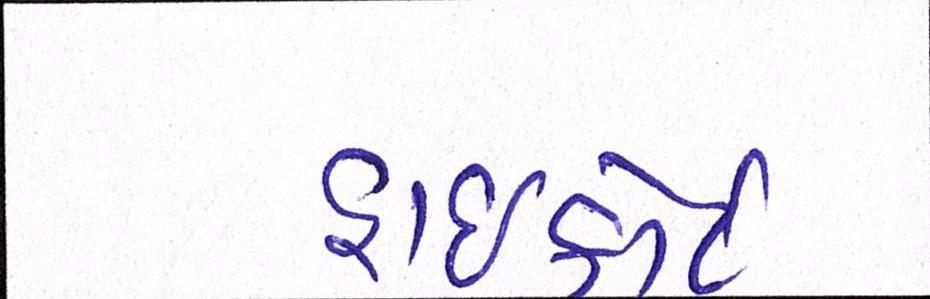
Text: હાઈકોર્ટ